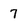
Character: 7